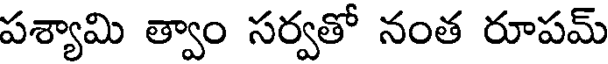
పశ్యామి త్వాం సర్వతో నంత రూపమ్